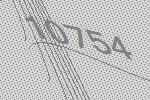
10754